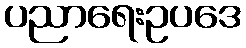
ပညာရေးဥပဒေ